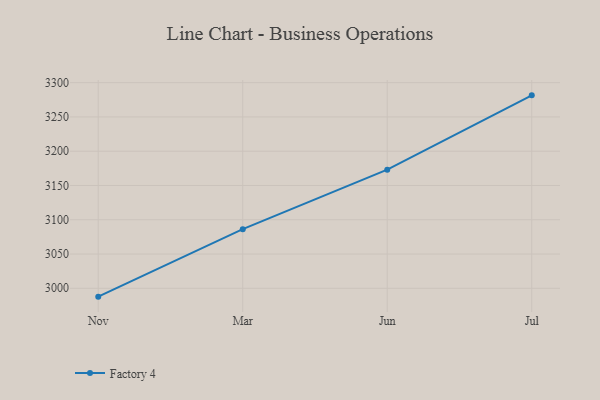
{"axis": {"x": "Month", "y": "Gross Profit (USD K)"}, "legend": ["Factory 4"], "data": [{"x": "Nov", "y": 2987.8, "type": "Factory 4"}, {"x": "Mar", "y": 3086.3, "type": "Factory 4"}, {"x": "Jun", "y": 3173.1, "type": "Factory 4"}, {"x": "Jul", "y": 3281.5, "type": "Factory 4"}]}